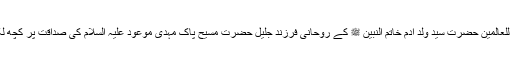
خاکسار رحمۃ للعالمین حضرت سید ولد آدم خاتم النبیّن ﷺ کے روحانی فرزند جلیل حضرت مسیح پاک مہدی موعود علیہ السلام کی صداقت پر کچھ لکھنا چاہتا ہے۔